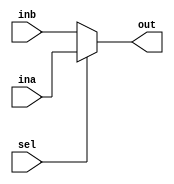
`timescale 1ns / 1ps
//////////////////////////////////////////////////////////////////////////////////
// Company: 
// Engineer: 
// 
// Design Name: 
// Module Name: WB
// Project Name: 
// Target Devices: 
// Tool Versions: 
// Description: 
// 
// Dependencies: 
// 
// Revision:
// Revision 0.01 - File Created
// Additional Comments:
// 
//////////////////////////////////////////////////////////////////////////////////


module WB(
        input [31:0] ina,
        input [31:0] inb,
        input sel,
        output reg [31:0] out
    );
    
    always @* begin
        if(sel) out = ina;
        else out = inb;
    end
endmodule